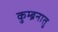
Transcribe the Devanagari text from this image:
कुम्ब्रनातु